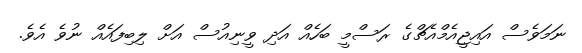
ނަމަވެސް އައިޖީއެމްއެޗްގެ ރަސްމީ ބަހެއް އަދި ވީނިއުސް އަށް ލިބިފައެއް ނުވެ އެވެ.